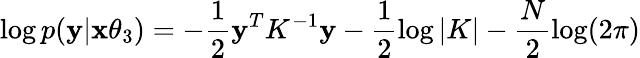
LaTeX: \log p({\mathbf y}|{\mathbf x\theta_{3}})=-\frac{1}{2}{\mathbf y}^{T}K^{-1}{\mathbf y}-\frac{1}{2}\log|K|-\frac{N}{2}\log(2\pi)